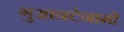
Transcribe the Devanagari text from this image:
गुआनटेनामो